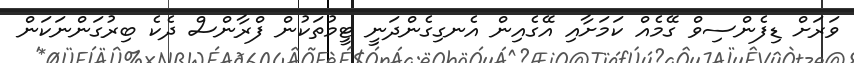
ވަރަށް ޑިފެންސިވް ގޭމެއް ކަމަށާއި އޭގެއިން އެނގިގެންދަނީ ޓީމުތަކުން ފްރާންސް ދެކެ ބިރުގަންނަކަން